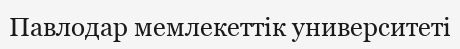
Павлодар мемлекеттік университеті